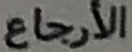
الأرجاع